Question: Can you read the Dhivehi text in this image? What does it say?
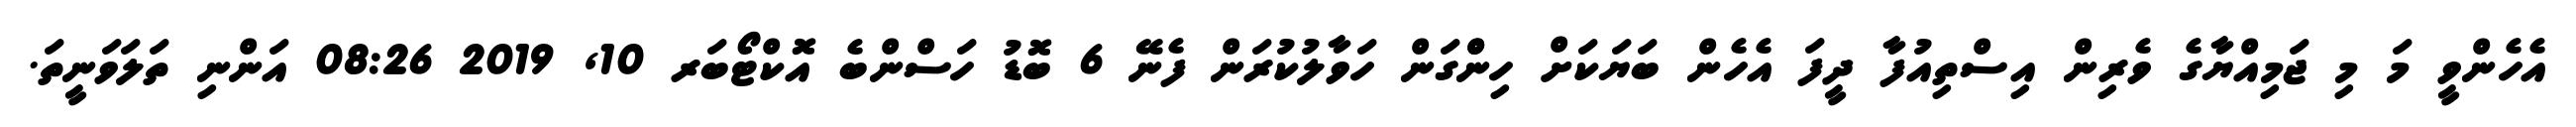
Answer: އެހެންވީ މަ މި ޖަމިއްޔާގެ ވެރިން އިސްތިއުފާ ދީފަ އެހެން ބަޔަކަށް ހިންްގަން ހަވާލުކުރަން ފެނޭ 6 ބޮޑު ހަސްންބެ އޮކްޓޯބަރ 10, 2019 08:26 އަންނި ތަލަވަނީތަ.